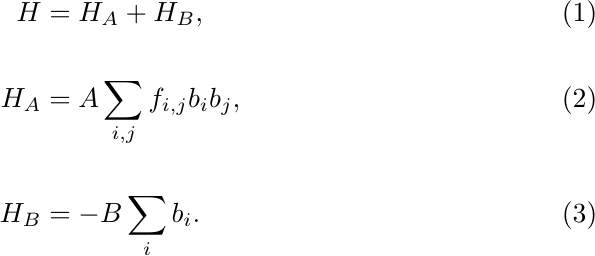
\begin{align}\label{Eq_H}
H&=H_{A}+H_{B},\\[10pt]
H_{A}&=A\sum_{i,j}^{} f_{i,j}b_{i}b_{j},\\[10pt]
H_{B}&=-B\sum_{i}^{} b_{i}.
\end{align}